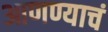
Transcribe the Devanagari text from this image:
आणण्याचं